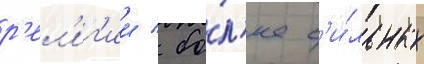
р'ел'иг'ии / бо́л'ее с'и́льных